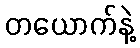
တယောက်နဲ့